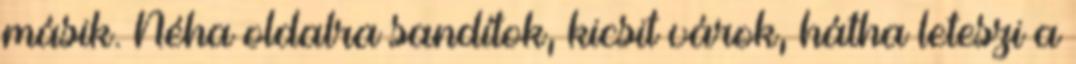
másik. Néha oldalra sandítok, kicsit várok, hátha leteszi a